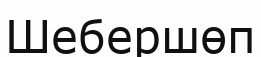
Шебершөп